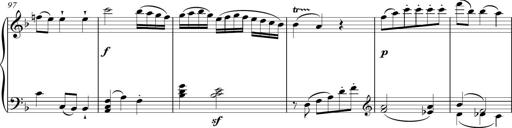
Title: Sonatina Vienesa al estilo de J.Haydn
Composer: JosÃ© RamÃ³n HernÃ¡ndez Bellido